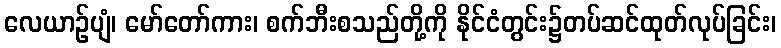
လေယာဉ်ပျံ၊ မော်တော်ကား၊ စက်ဘီးစသည်တို့ကို နိုင်ငံတွင်း၌တပ်ဆင်ထုတ်လုပ်ခြင်း၊